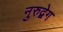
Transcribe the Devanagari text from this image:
नुरुद्वेग